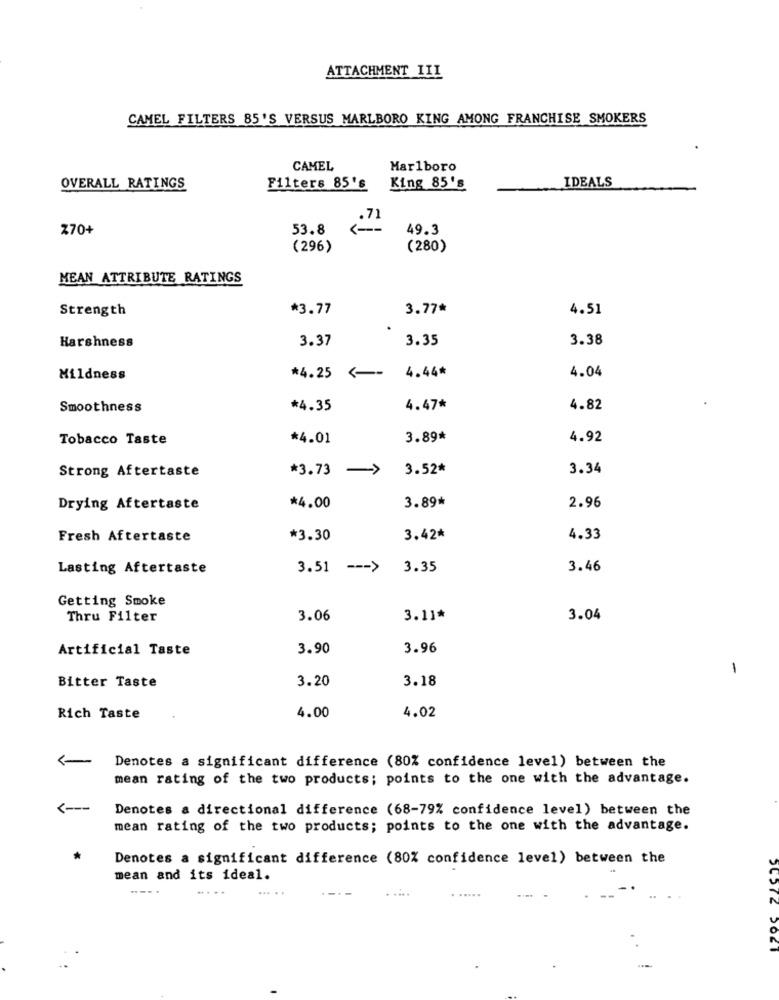
ATTACHMENT IIL
CAMEL FILTERS 85'S VERSUS MARLBORO KING AMONG FRANCHISE SMOKERS
CAMEL
Marlboro
IDEALS
OVERALL RATINGS
Filters 85's
King 85's
.71
Z70+
53.8
49.3
(296)
(280)
MEAN ATTRIBUTE RATINGS
Strength
*3.77
3.77*
4.51
3.37
3.35
3.38
Harshness
4.44
4.04
Mildness
*4.25 <--
Smoothness
*4.35
4.47*
4.82
Tobacco Taste
*4.01
3.89*
4.92
Strong Aftertaste
*3.73 ->
3.52*
3.34
Drying Aftertaste
*4.00
3.89*
2.96
Fresh Aftertaste
*3.30
3.42*
4.33
Lasting Aftertaste
3.51 --- > 3.35
3.46
Getting Smoke
Thru Filter
3.06
3.11*
3.04
Artificial Taste
3.90
3.96
-
3.20
3.18
Bitter Taste
4.00
4.02
Rich Taste
Denotes a significant difference (80% confidence level) between the
mean rating of the two products; points to the one with the advantage.
<---
Denotes a directional difference (68-79% confidence level) between the
mean rating of the two products; points to the one with the advantage.
Denotes a significant difference (80% confidence level) between the
mean and its ideal.